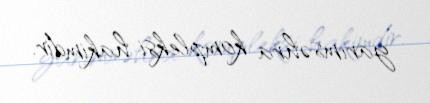
yarımsəhra kompleksi hakimdir.